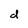
Character: d